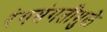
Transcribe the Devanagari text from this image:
रंगसंगतीमुळे